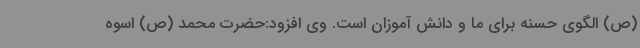
(ص) الگوی حسنه برای ما و دانش آموزان است. وی افزود:حضرت محمد (ص) اسوه